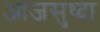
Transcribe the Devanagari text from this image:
आजसुध्दा